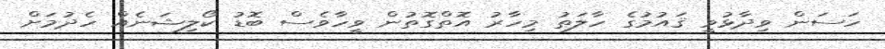
ހަސަން ވިދާޅުވީ ޤައުމުގެ ހާލަތު މިހާރު އޮތްގޮތުން ވީހާވެސް ބޮޑު ކޯލިޝަނެއް ހެދުމަށް